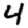
Digit: 4